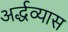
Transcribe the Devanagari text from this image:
अर्द्धव्यास